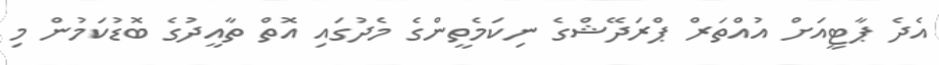
އެދެ ޕާޓީއަށް އުއްތަރް ޕްރަދޭޝްގެ ނިކަމެތީންގެ މެދުގައި އޮތް ތާއީދުގެ ބޮޑުކަމުން މި